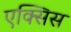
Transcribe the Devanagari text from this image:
एक्‍सिस